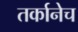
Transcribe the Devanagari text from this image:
तर्कानेच